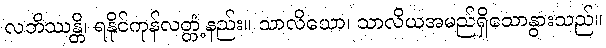
လဘိဿန္တိ၊ ရနိုင်ကုန်လတ္တံ့နည်း။ သာလိယော၊ သာလိယအမည်ရှိသောနွားသည်။